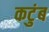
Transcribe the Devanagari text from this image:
कटुंब